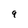
Character: q